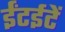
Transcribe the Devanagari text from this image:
ईंटईटें